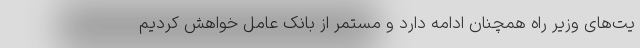
یت‌های وزیر راه همچنان ادامه دارد و مستمر از بانک عامل خواهش کردیم